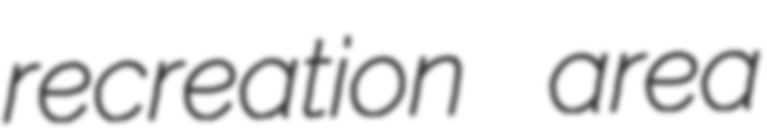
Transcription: recreation area